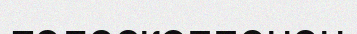
телескоппенен